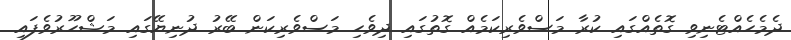
ދެމެހެއްޓެނިވި ގޮތެއްގައި ކުރާ މަސްވެރިކަމެއް ގޮތުގައި ދިވެހި މަސްވެރިކަން ބޭރު ދުނިޔޭގައި މަޝްހޫރުވެފައި